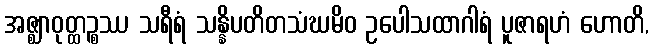
အဇ္ဈာဝုတ္ထဉ္စဿ သရီရံ သန္နိပတိတသံဃမိဝ ဥပေါသထာဂါရံ ပူဇာရဟံ ဟောတိ,